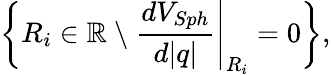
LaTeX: \left\{ R_{i}\in\mathbb{R}\ \backslash\ \frac{dV_{Sph}}{d\vert q\vert}\Bigg\vert_{R_{i}}=0\right\} ,